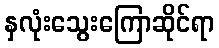
နှလုံးသွေးကြောဆိုင်ရာ